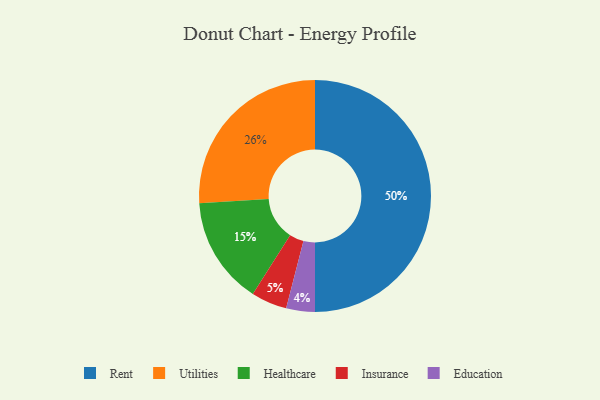
{"axis": {"x": "Category", "y": "Percentage"}, "legend": ["Education", "Healthcare", "Insurance", "Rent", "Utilities"], "data": [{"x": "Rent", "y": 50, "type": "Rent"}, {"x": "Healthcare", "y": 15, "type": "Healthcare"}, {"x": "Utilities", "y": 26, "type": "Utilities"}, {"x": "Education", "y": 4, "type": "Education"}, {"x": "Insurance", "y": 5, "type": "Insurance"}]}